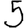
Digit: 5